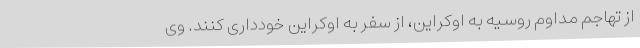
از تهاجم مداوم روسیه به اوکراین، از سفر به اوکراین خودداری کنند. وی